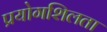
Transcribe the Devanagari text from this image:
प्रयोगशिलता